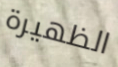
الظهيرة